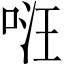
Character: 𠴝